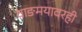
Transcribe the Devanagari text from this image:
वाङमयावरही